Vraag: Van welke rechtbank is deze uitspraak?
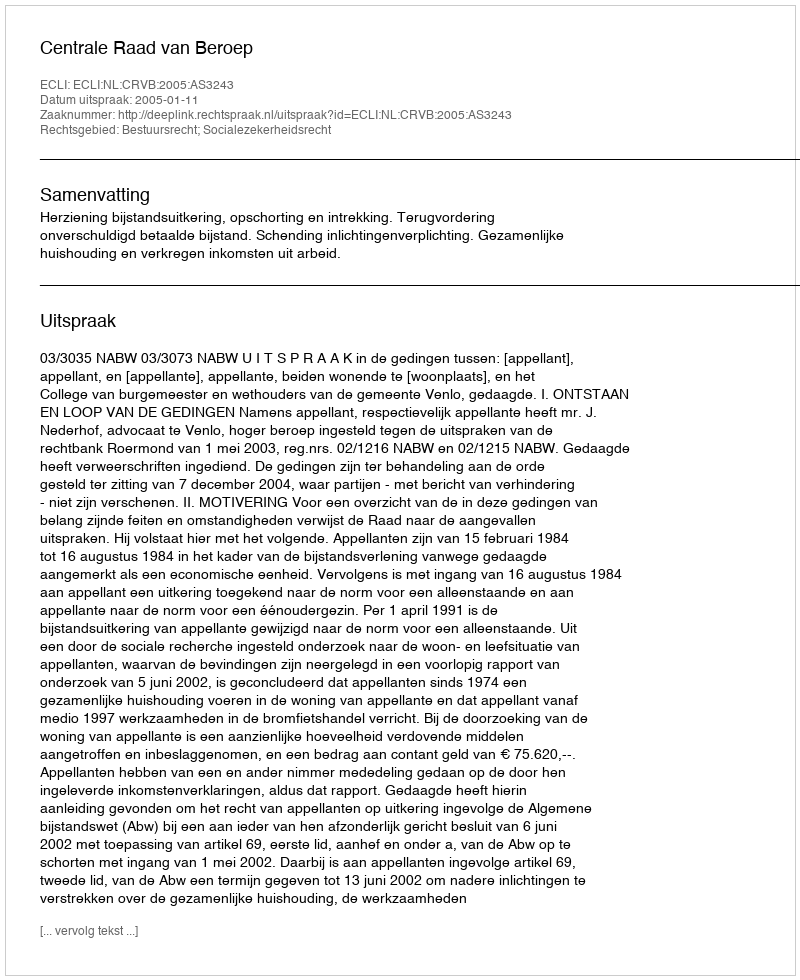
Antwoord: Centrale Raad van Beroep